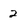
Character: 2